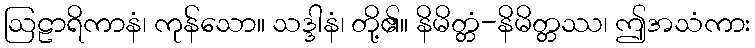
ဩဠာရိကာနံ၊ ကုန်သော။ သဒ္ဒါနံ၊ တို့၏။ နိမိတ္တံ-နိမိတ္တဿ၊ ဤအသံကား